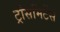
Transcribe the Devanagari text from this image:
ट्रांसमिटेंस